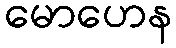
မောဟေန